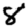
Digit: 8